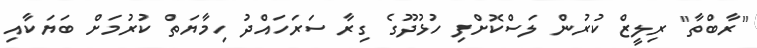
"ރާބްތާ" ރިލީޒް ކުރުން ލަސްކޮށްފި ހުޅުދޫގެ ގިރާ ސަރަހައްދު ހިމާޔަތް ކުރުމަށް ބަޔަކާއި